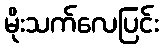
မိုးသက်လေပြင်း